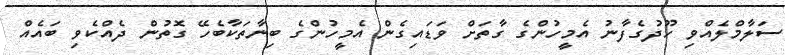
ސަލާމްލެއްވި ހޫދުގެފާނު އެމީހުންގެ ގާތަށް ވަޑައިގެން އެމީހުންގެ ބިނާތަކާބެހޭ ގޮތުން ދެއްކެވި ބައެއް